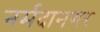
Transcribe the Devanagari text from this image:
नर्मदानगर